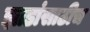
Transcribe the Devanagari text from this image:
झाडांसाठीच